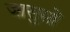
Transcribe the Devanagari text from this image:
जासुसों